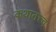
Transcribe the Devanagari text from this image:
कथातत्त्व